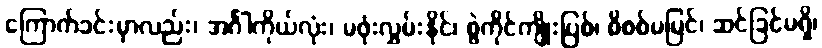
ကြောက်ခင်းမှာလည်း၊ အင်္ဂါကိုယ်လုံး၊ မဖုံးလွှမ်းနိုင်၊ စွဲကိုင်ကျိုးပြစ်၊ စိစစ်မမြင်၊ ဆင်ခြင်မရှိ၊